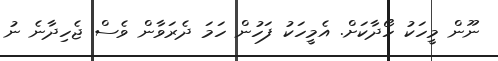
ނޫން މީހަކު ހޯދާކަށް. އެމީހަކު ފަހުން ހަމަ ދެރަވާން ވެސް ޖެހިދާނެ ނު